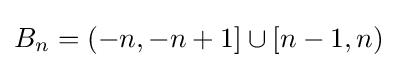
B_{n}=(-n,-n+1]\cup [n-1,n)